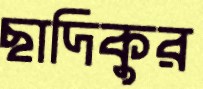
ছাদিকুর